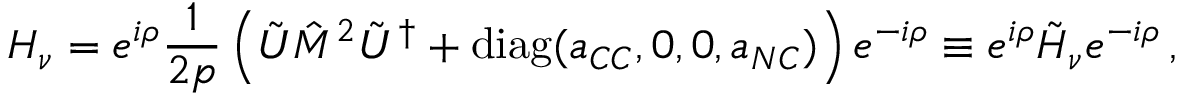
H _ { \nu } = e ^ { i \rho } \frac { 1 } { 2 p } \left( \tilde { U } \hat { M } ^ { 2 } \tilde { U } ^ { \dagger } + \mathrm { d i a g } ( a _ { C C } , 0 , 0 , a _ { N C } ) \right) e ^ { - i \rho } \equiv e ^ { i \rho } \tilde { H } _ { \nu } e ^ { - i \rho } \, ,